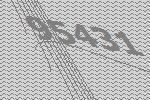
95431